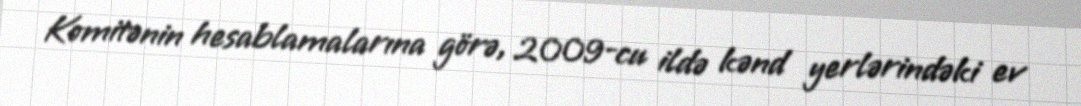
Komitənin hesablamalarına görə, 2009-cu ildə kənd yerlərindəki ev